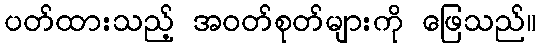
ပတ်ထားသည့် အဝတ်စုတ်များကို ဖြေသည်။